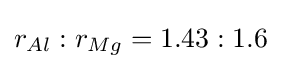
r_{Al}:r_{Mg}=1.43:1.6